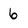
Character: 6